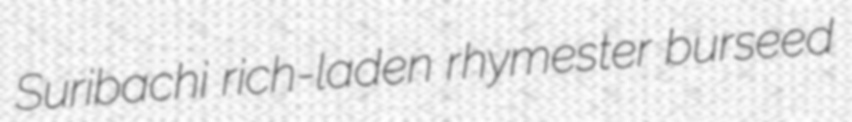
Suribachi rich-laden rhymester burseed